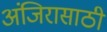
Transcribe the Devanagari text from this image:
अंजिरासाठी